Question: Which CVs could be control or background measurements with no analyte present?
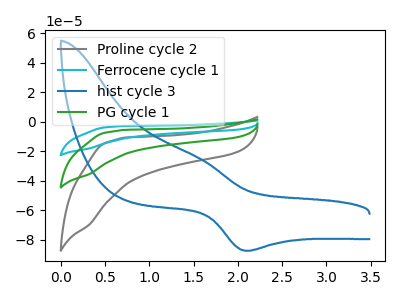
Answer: <think>The gray curve "Proline cycle 2" has no peaks. The cyan curve "Ferrocene cycle 1" has no peaks. The blue curve "hist cycle 3" has an anodic peak at (1.55V, -24.20uA) and a cathodic peak at (2.10V, -87.45uA). The green curve "PG cycle 1" has no peaks.</think>
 <answer>"Proline cycle 2", "Ferrocene cycle 1" and "PG cycle 1" are likely to be blanks.</answer>
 <eval>"Proline cycle 2", "Ferrocene cycle 1", "PG cycle 1"</eval>